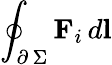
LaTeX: \oint_{\scriptstyle\partial\, \Sigma}\textbf{F}_{i}\, d\textbf{l}